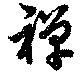
禪